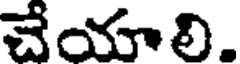
చెయాలి.